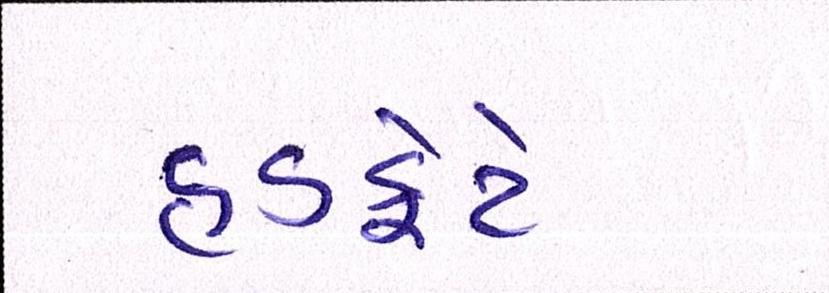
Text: હડફેટે